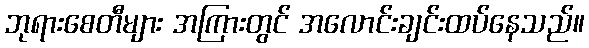
ဘုရားစေတီများ အကြားတွင် အလောင်းချင်းထပ်နေသည်။